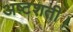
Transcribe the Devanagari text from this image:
अष्टशती।